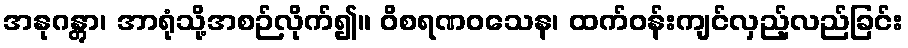
အနုဂန္တွာ၊ အာရုံသို့အစဉ်လိုက်၍။ ဝိစရဏဝသေန၊ ထက်ဝန်းကျင်လှည့်လည်ခြင်း